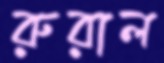
রুরাল